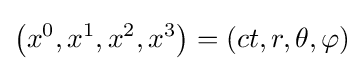
\left(x^{0},x^{1},x^{2},x^{3}\right)=(ct,r,\theta ,\varphi )